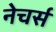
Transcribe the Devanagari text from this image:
नेचर्स